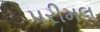
પરીમલ